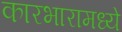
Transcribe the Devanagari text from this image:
कारभारामध्ये